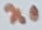
Text: n0